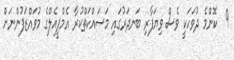
9  ކޮންމެ ދުވަހަކީ ވެސް ވިޔަފާރި ބަނދަރުގައި މަސައްކަތްކުރާ އެމްޕީއެލްގެ މުވައްޒަފުންނަށް